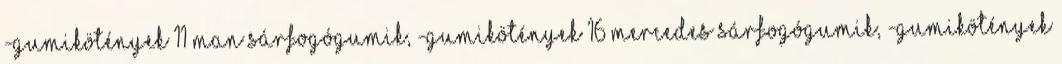
-gumikötények 11 Man sárfogógumik, -gumikötények 16 Mercedes sárfogógumik, -gumikötények